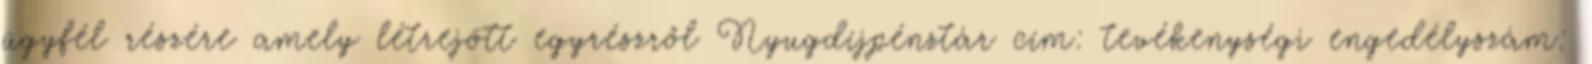
ügyfél részére amely létrejött egyrészről Nyugdíjpénztár cím: tevékenységi engedélyszám: